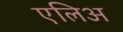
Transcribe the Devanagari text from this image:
एलिअ